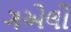
ગએલો